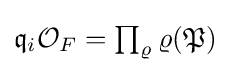
{\textstyle {\mathfrak {q}}_{i}{\mathcal {O}}_{F}=\prod _{\varrho }\varrho ({\mathfrak {P}})}